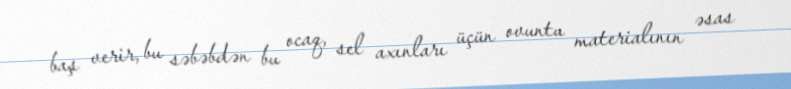
baş verir, bu səbəbdən bu ocaq, sel axınları üçün ovuntu materialının əsas